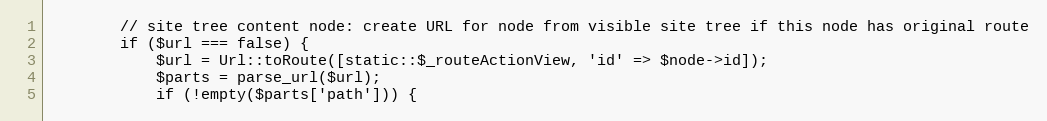
Language: PHP
        // site tree content node: create URL for node from visible site tree if this node has original route
        if ($url === false) {
            $url = Url::toRoute([static::$_routeActionView, 'id' => $node->id]);
            $parts = parse_url($url);
            if (!empty($parts['path'])) {